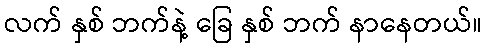
လက် နှစ် ဘက်နဲ့ ခြေ နှစ် ဘက် နာနေတယ်။